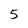
Character: 5